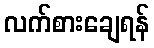
လက်စားချေရန်